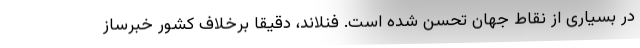
در بسیاری از نقاط جهان تحسن شده است. فنلاند، دقیقا برخلاف کشور خبرساز